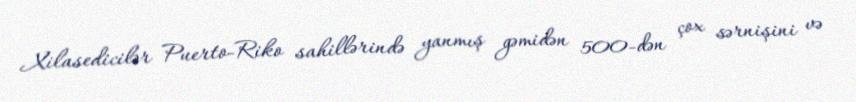
Xilasedicilər Puerto-Riko sahillərində yanmış gəmidən 500-dən çox sərnişini və